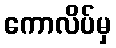
ကောလိပ်မှ